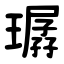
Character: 㻵